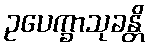
ဥပေက္ခာသုခန္တိ